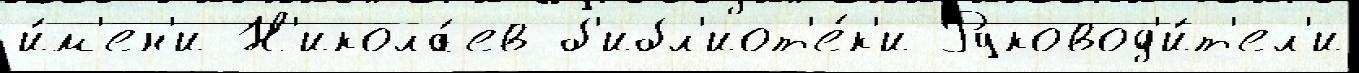
и́м'ен'и Н'икола́ев б'ибл'иот'е́к'и Руковод'и́т'ел'и